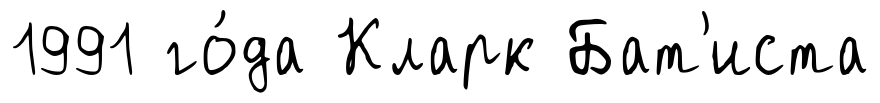
1991 го́да Кларк Бат'иста